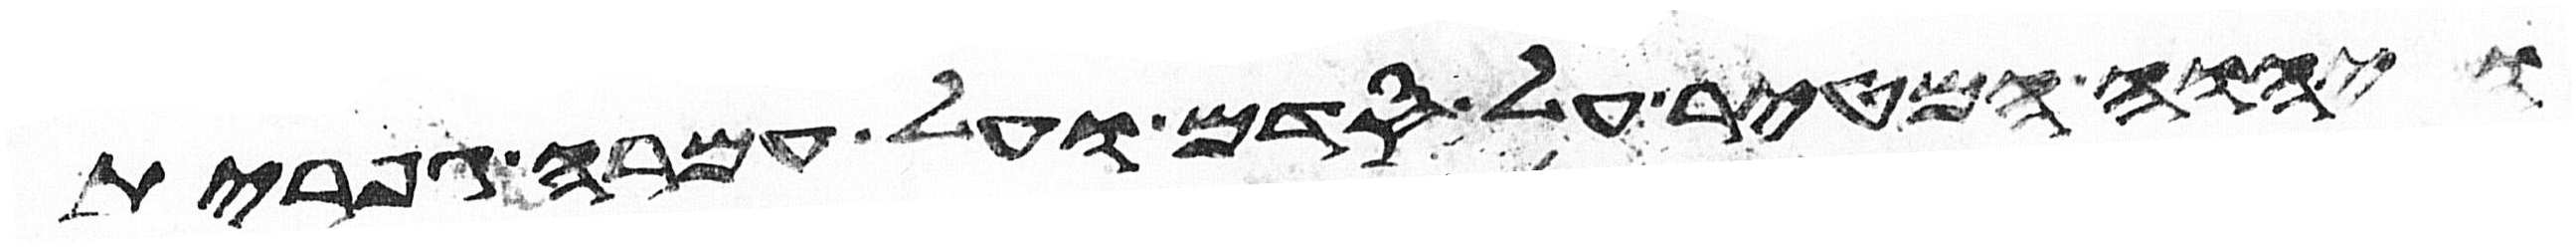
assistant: ויהוה המטיר על סדם ועל עמרה גפרית